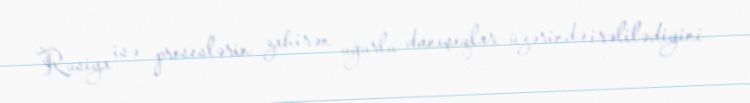
Rusiya isə proseslərin zahirən uğurlu danışıqlar üzərində irəlilədiyini